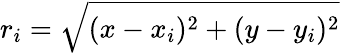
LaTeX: r_{i}={\sqrt{(x-x_{i})^{2}+(y-y_{i})^{2}}}